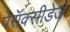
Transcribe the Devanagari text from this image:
पेरॉक्सीडेज